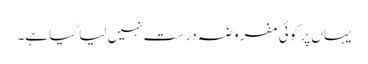
یہاں پر کوئی مفروضہ درست نہیں لیا گیا ہے۔